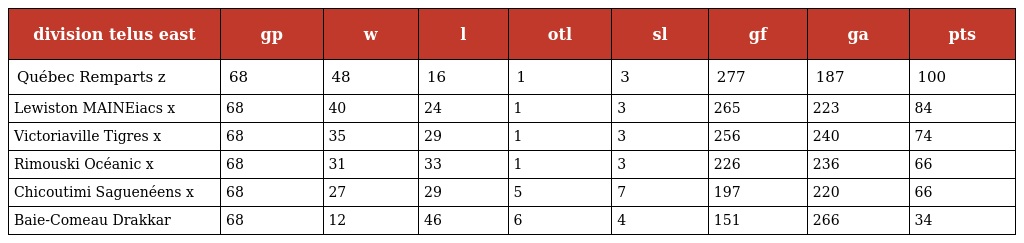
| division telus east | gp | w | l | otl | sl | gf | ga | pts |
 | --- | --- | --- | --- | --- | --- | --- | --- | --- |
 | Québec Remparts z | 68 | 48 | 16 | 1 | 3 | 277 | 187 | 100 |
 | Lewiston MAINEiacs x | 68 | 40 | 24 | 1 | 3 | 265 | 223 | 84 |
 | Victoriaville Tigres x | 68 | 35 | 29 | 1 | 3 | 256 | 240 | 74 |
 | Rimouski Océanic x | 68 | 31 | 33 | 1 | 3 | 226 | 236 | 66 |
 | Chicoutimi Saguenéens x | 68 | 27 | 29 | 5 | 7 | 197 | 220 | 66 |
 | Baie-Comeau Drakkar | 68 | 12 | 46 | 6 | 4 | 151 | 266 | 34 |